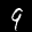
Label: 9